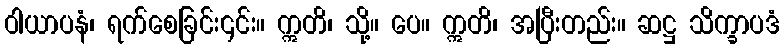
ဝါယာပနံ၊ ရက်စေခြင်း၎င်း။ ဣတိ၊ သို့။ ပေ။ ဣတိ၊ အပြီးတည်း။ ဆဋ္ဌ သိက္ခာပဒံ